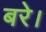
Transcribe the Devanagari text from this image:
बरे।